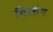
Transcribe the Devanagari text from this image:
विल्हैम